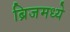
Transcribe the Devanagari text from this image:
ब्रिजमध्ये